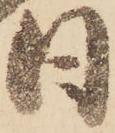
日